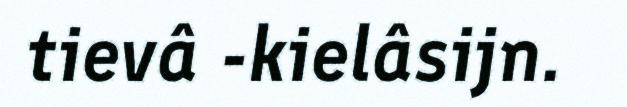
tievâ -kielâsijn.